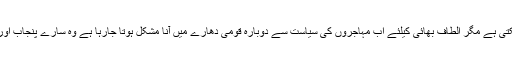
تو غداری کے مقدمے سے تو مشرف نکل ہی جائیںگے یا سزا بھی ہوگئی تومعافی مل سکتی ہے مگر الطاف بھائی کیلئے اب مہاجروں کی سیاست سے دوبارہ قومی دھارے میں آنا مشکل ہوتا جارہا ہے وہ سارے پنجاب اوردوسرے صوبوں میں متحدہ کے آفس کھولنے اورجلسے کرنے کا زمانہ لگتا ہے گزرگیا۔